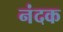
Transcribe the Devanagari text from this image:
नंदक